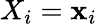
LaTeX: X_{i}=\mathbf{x}_{i}